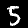
Label: 5